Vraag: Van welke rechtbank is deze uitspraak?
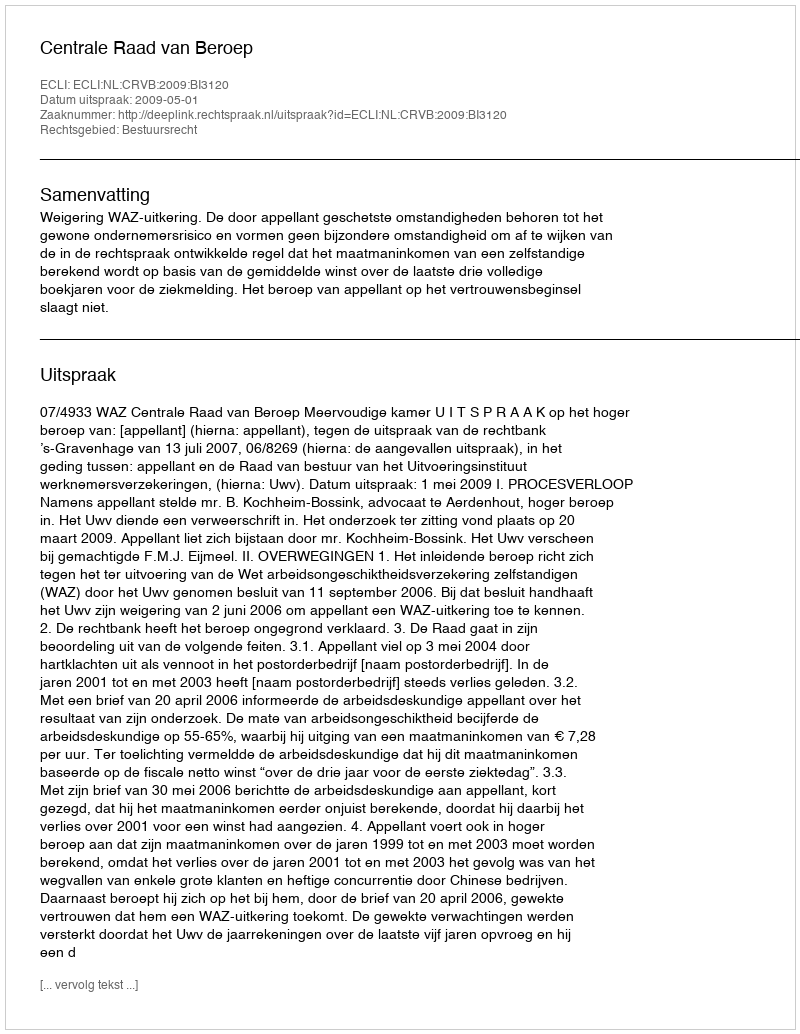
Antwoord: Centrale Raad van Beroep